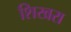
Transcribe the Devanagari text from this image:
शिखरा